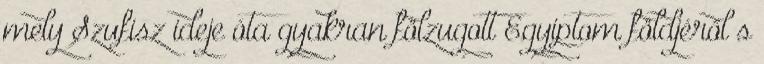
mely Szufisz ideje óta gyakran fölzugott Egyiptom földjéről s